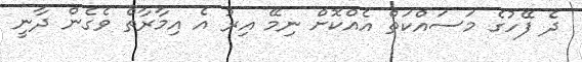
ދެ ފޭހުގެ މަސައްކަތް އެއްކޮށް ނިމޭ އިރު އެ އިމާރާތް ވެގެން ދާނީ